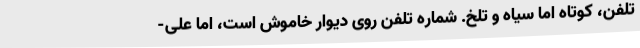
تلفن، کوتاه اما سیاه و تلخ. شماره تلفن روی دیوار خاموش است، اما علی-